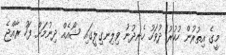
މީގެ އިތުރުން ހުކުރު ދުވަހު ހެނދުނު ވިލިނގިލީގައި ޝޯއެއް ދިނުމަށް ފަހު ރާއްޖެ